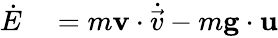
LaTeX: \begin{array}{rl}{\dot{E}}&{{}=m\mathbf{v}\cdot\dot{\vec{v}}-m\mathbf{g}\cdot\mathbf{u}}\end{array}